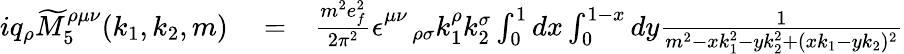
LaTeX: \begin{array}{rlr}{iq_{\rho}\widetilde{M}_{5}^{\rho\mu\nu}(k_{1},k_{2},m)}&{{}=}&{\frac{m^{2}e_{f}^{2}}{2\pi^{2}}\epsilon_{\quad\rho\sigma}^{\mu\nu}k_{1}^{\rho}k_{2}^{\sigma}\int_{0}^{1}dx\int_{0}^{1-x}dy\frac{1}{m^{2}-xk_{1}^{2}-yk_{2}^{2}+(xk_{1}-yk_{2})^{2}}}\end{array}